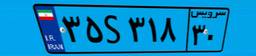
۵۶S۱۵۴۰۸